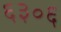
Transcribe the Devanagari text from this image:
६३०६